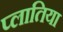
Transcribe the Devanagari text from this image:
प्लातिया